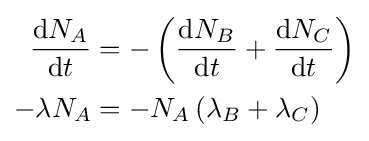
{\begin{aligned}{\frac {\mathrm {d} N_{A}}{\mathrm {d} t}}&=-\left({\frac {\mathrm {d} N_{B}}{\mathrm {d} t}}+{\frac {\mathrm {d} N_{C}}{\mathrm {d} t}}\right)\\-\lambda N_{A}&=-N_{A}\left(\lambda _{B}+\lambda _{C}\right)\\\end{aligned}}